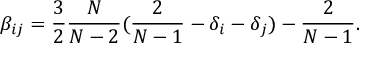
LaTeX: \beta _ { i j } = \frac { 3 } { 2 } \frac { N } { N - 2 } ( \frac { 2 } { N - 1 } - \delta _ { i } - \delta _ { j } ) - \frac { 2 } { N - 1 } .